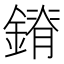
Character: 𰽃